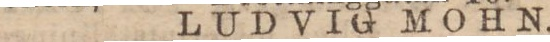
LUDVIG MOHN.